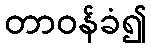
တာဝန်ခံ၍